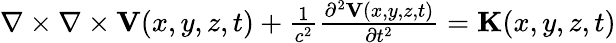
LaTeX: \begin{array}{r}{\nabla\times\nabla\times{\mathbf V}(x,y,z,t)+\frac{1}{c^{2}}\frac{\partial^{2}{\mathbf V}(x,y,z,t)}{\partial t^{2}}={\mathbf K}(x,y,z,t)}\end{array}